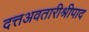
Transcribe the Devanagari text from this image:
दत्तअवतारीश्रीपाद